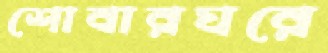
শোবারঘরে